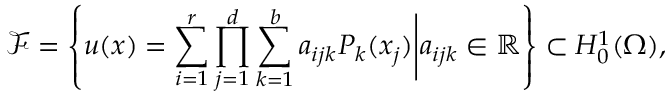
\mathcal { F } = \left\{ u ( x ) = \sum _ { i = 1 } ^ { r } \prod _ { j = 1 } ^ { d } \sum _ { k = 1 } ^ { b } a _ { i j k } P _ { k } ( x _ { j } ) \Bigg | a _ { i j k } \in \mathbb { R } \right\} \subset H _ { 0 } ^ { 1 } ( \Omega ) ,